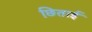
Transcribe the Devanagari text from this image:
छिताई